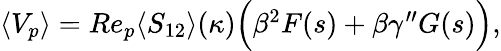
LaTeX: \begin{array}{r}{\langle V_{p}\rangle=Re_{p}\langle S_{12}\rangle(\kappa)\Big(\beta^{2}F(s)+\beta\gamma^{\prime\prime}G(s)\Big),}\end{array}